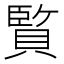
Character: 𮚕